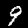
Label: 9